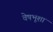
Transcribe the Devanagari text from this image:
वेषभूशा